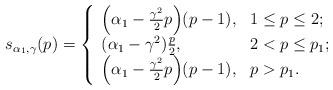
LaTeX: \begin{align*}s_{\alpha_1,\gamma}(p)=\left\{\begin{array}{ll}\Big(\alpha_1-\frac{\gamma^2}{2}p\Big)(p-1), & 1\le p \le 2;\\(\alpha_1-\gamma^2)\frac{p}{2}, & 2<p\le p_1;\\\Big(\alpha_1-\frac{\gamma^2}{2}p\Big)(p-1), & p>p_1.\end{array}\right.\end{align*}